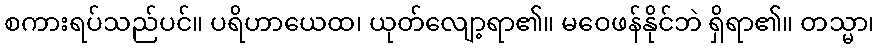
စကားရပ်သည်ပင်။ ပရိဟာယေထ၊ ယုတ်လျော့ရာ၏။ မဝေဖန်နိုင်ဘဲ ရှိရာ၏။ တသ္မာ၊